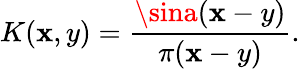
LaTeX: K(\mathbf{x},y)={\frac{{\sina(\mathbf{x}-y)}}{{\pi(\mathbf{x}-y)}}}.